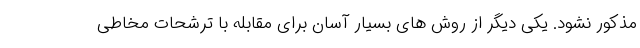
مذکور نشود. یکی دیگر از روش های بسیار آسان برای مقابله با ترشحات مخاطی